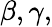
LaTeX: \beta,\gamma,